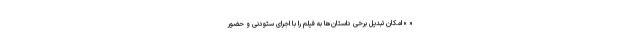
« » امکان تبدیل برخی داستان‌ها به فیلم را با اجرای ستودنی و حضور